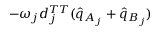
- \omega _ { j } d _ { j } ^ { T T } ( \hat { q } _ { A _ { j } } + \hat { q } _ { B _ { j } } )